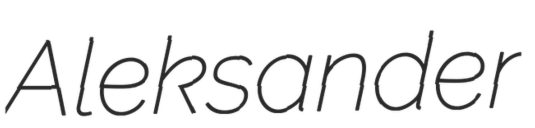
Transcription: Aleksander